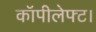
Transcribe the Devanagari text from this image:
कॉपीलेफ्ट।